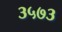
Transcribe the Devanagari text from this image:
३५७३